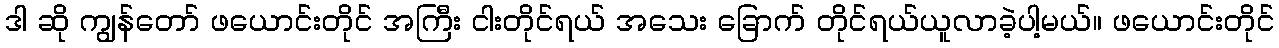
ဒါ ဆို ကျွန်တော် ဖယောင်းတိုင် အကြီး ငါးတိုင်ရယ် အသေး ခြောက် တိုင်ရယ်ယူလာခဲ့ပါ့မယ်။ ဖယောင်းတိုင်